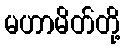
မဟာမိတ်တို့